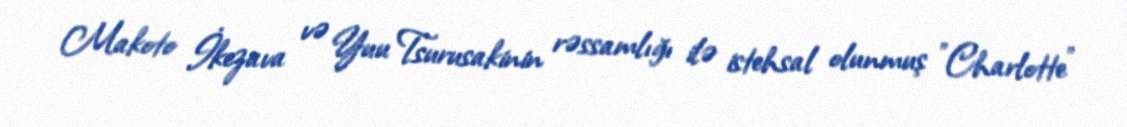
Makoto İkezava və Yuu Tsurusakinin rəssamlığı ilə istehsal olunmuş "Charlotte"